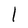
Character: l